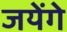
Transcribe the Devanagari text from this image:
जयेंगे